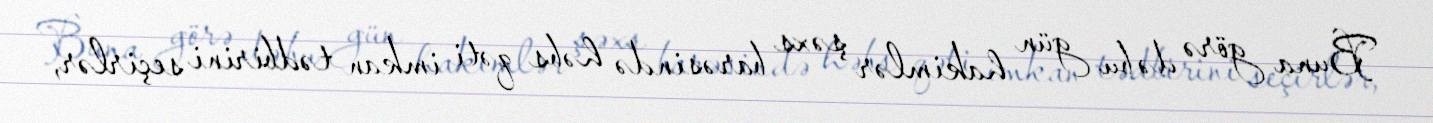
Buna görə də bu gün hakimlər şəxs barəsində həbs qəti imkan tədbirini seçirlər,